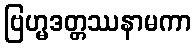
ဗြဟ္မဒတ္တဿနာမကာ